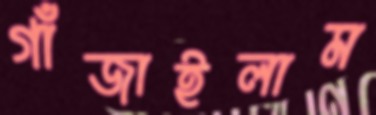
গাঁজাইলাম